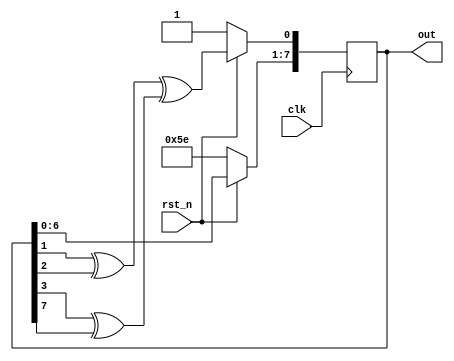
`timescale 1ns/1ps

module Many_To_One_LFSR(clk, rst_n, out);
    input clk;
    input rst_n;
    output reg [8-1:0] out;
    always@(posedge clk)begin
        if(rst_n == 1'd0)begin
            out <= 8'b10111101;
        end else begin
            out[7:1] <= out[6:0];
            out[0] <= (out[1] ^ out[2]) ^ (out[3] ^ out[7]);
        end
    end
endmodule